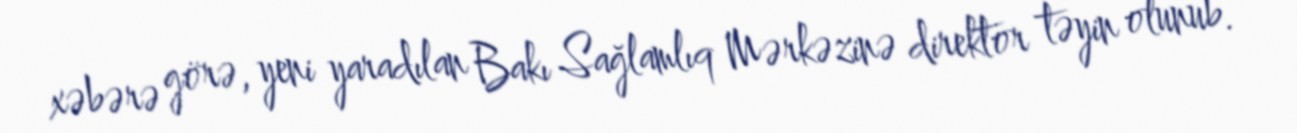
xəbərə görə, yeni yaradılan Bakı Sağlamlıq Mərkəzinə direktor təyin olunub.